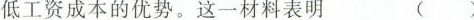
低工资成本的优势。这一材料表明 ()